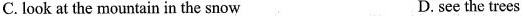
C.look at the mountain in the snow D.see the trees